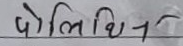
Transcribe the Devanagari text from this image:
पोलिथिन